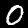
Digit: 0